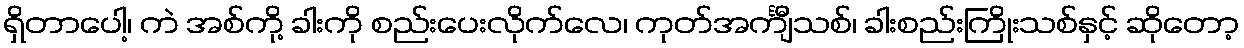
ရှိတာပေါ့၊ ကဲ အစ်ကို့ ခါးကို စည်းပေးလိုက်လေ၊ ကုတ်အင်္ကျီသစ်၊ ခါးစည်းကြိုးသစ်နှင့် ဆိုတော့